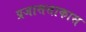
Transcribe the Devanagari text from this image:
प्रजासत्ताकास